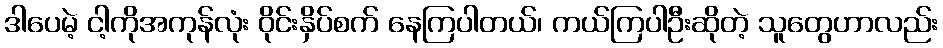
ဒါပေမဲ့ ငါ့ကိုအကုန်လုံး ဝိုင်းနှိပ်စက် နေကြပါတယ်၊ ကယ်ကြပါဦးဆိုတဲ့ သူတွေဟာလည်း